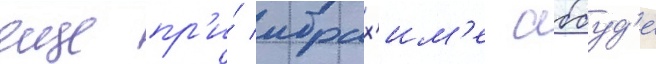
еще пр'и́ ибрах'им'е аббуд'е